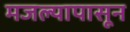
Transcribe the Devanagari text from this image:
मजल्यापासून